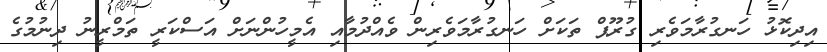
އިދިކޮޅު ހަނގުރާމަވެރި ގުރޫޕް ތަކަށް ހަނގުރާމަވެރިން ވެއްދުމާއި އެމީހުންނަށް އަސްކަރީ ތަމްރީނު ދިނުމުގެ